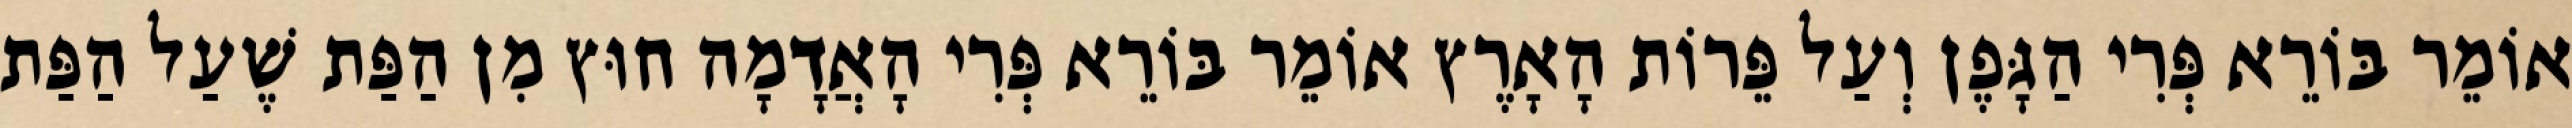
אוֹמֵר בּוֹרֵא פְּרִי הַגָּפֶן וְעַל פֵּרוֹת הָאָרֶץ אוֹמֵר בּוֹרֵא פְּרִי הָאֲדָמָה חוּץ מִן הַפַּת שֶׁעַל הַפַּת